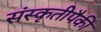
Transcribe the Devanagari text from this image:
संस्कृतीपैकी